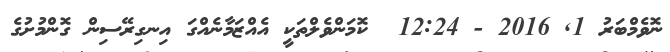
ނޮވެމްބަރު 1